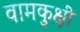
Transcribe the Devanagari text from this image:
वामकुक्षी